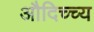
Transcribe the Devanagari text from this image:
औदिच्च्य